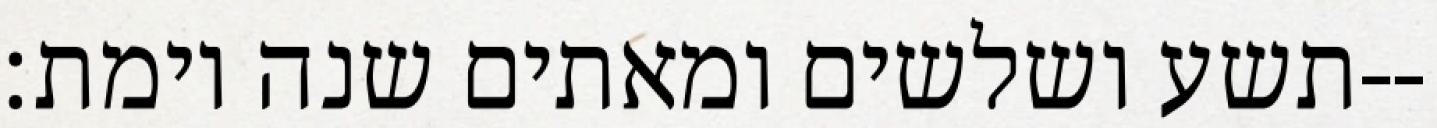
תשע ושלשים ומאתים שנה וימת׃--